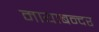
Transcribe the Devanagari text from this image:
मायाबन्दर